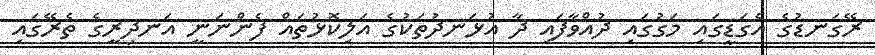
ރޭގަނޑުގެ އެގަޑީގައި މަގުގައި ދުއްވާފައި ދާ އުޅަނދުތަކުގެ އަލިކޮޅުތައް ފެންނަނީ އަނދިރީގެ ތެރޭގައި